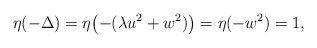
\begin{align*} \eta(-\Delta) = \eta\bigl(-(\lambda u^2+w^2)\bigr) = \eta(-w^2) = 1,\end{align*}